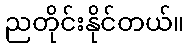
ညတိုင်းနိုင်တယ်။